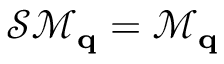
\mathcal { S } \mathcal { M } _ { \bf q } = \mathcal { M } _ { \bf q }